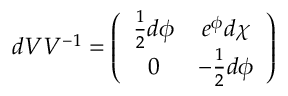
d { \cal { V } } { \cal { V } } ^ { - 1 } = \left( \begin{array} { c c } { { \frac { 1 } { 2 } d \phi } } & { { e ^ { \phi } d \chi } } \\ { { 0 } } & { { - \frac { 1 } { 2 } d \phi } } \end{array} \right)